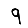
Digit: 9